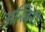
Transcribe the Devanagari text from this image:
अखिरी